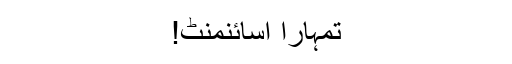
تمہارا اسائنمنٹ!